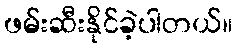
ဖမ်းဆီးနိုင်ခဲ့ပါတယ်။